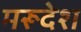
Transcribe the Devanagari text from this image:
मरूदेश